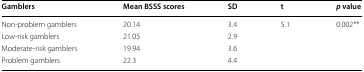
| Gamblers | Mean BSSS scores | SD | t | p value |
 | --- | --- | --- | --- | --- |
 | Non-problem gamblers | 20.14 | 3.4 | 5.1 | 0.002** |
 | Low-risk gamblers | 21.05 | 2.9 |  |  |
 | Moderate-risk gamblers | 19.94 | 3.6 |  |  |
 | Problem gamblers | 22.3 | 4.4 |  |  |